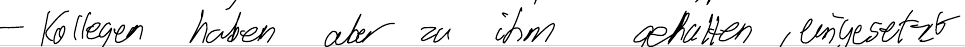
- Kollegen haben aber zu ihm gehalten, eingesetzt